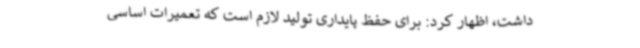
داشت، اظهار کرد: برای حفظ پایداری تولید لازم است که تعمیرات ‌اساسی